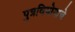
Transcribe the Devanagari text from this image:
पुत्रवियोगाचे